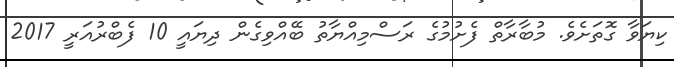
ކިޔަވާ ގޮތަށެވެ. މުބާރާތް ފެށުމުގެ ރަސްމިއްޔާތު ބޭއްވިގެން ދިޔައީ 10 ފެބްރުއަރީ 2017